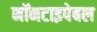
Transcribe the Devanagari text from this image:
नॉनटाइपेबल